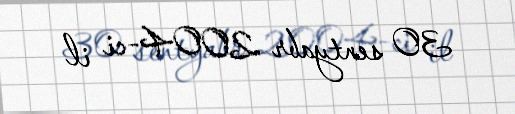
30 sentyabr 2004-ci il